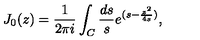
J _ { 0 } ( z ) = \frac { 1 } { 2 \pi i } \int _ { C } { \frac { d s } { s } } e ^ { ( s - { \frac { z ^ { 2 } } { 4 s } } ) } ,